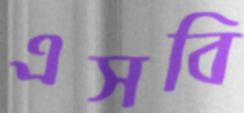
এসবি